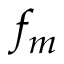
f _ { m }